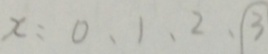
x : 0 , 1 , 2 , 3